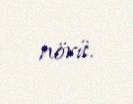
növü.